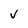
Character: V